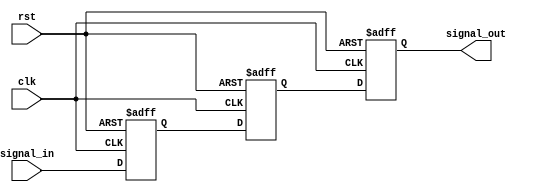
module two_flop_synchronizer (
    input wire clk,            // Clock input
    input wire rst,            // Reset input
    input wire signal_in,      // Input signal to be synchronized
    output reg signal_out      // Synchronized output signal
);

reg flop1_out, flop2_out;    // Internal signals

// First flip-flop capturing input signal on rising edge of clock
always @(posedge clk or posedge rst) begin
    if (rst) begin
        flop1_out <= 1'b0;
    end else begin
        flop1_out <= signal_in;
    end
end

// Second flip-flop capturing output of first flip-flop on falling edge of clock
always @(negedge clk or posedge rst) begin
    if (rst) begin
        flop2_out <= 1'b0;
    end else begin
        flop2_out <= flop1_out;
    end
end

// Output signal synchronized with clock domain
always @(posedge clk or posedge rst) begin
    if (rst) begin
        signal_out <= 1'b0;
    end else begin
        signal_out <= flop2_out;
    end
end

endmodule